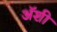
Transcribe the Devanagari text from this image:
अॅशी